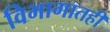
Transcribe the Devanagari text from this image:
विभागातही